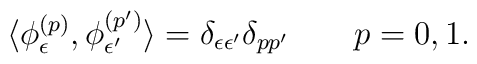
\langle \phi^{(p)}_{\epsilon}, \phi_{\epsilon'}^{(p')}\rangle =\delta_{\epsilon \epsilon'}\delta_{p p'} \qquad p=0,1.